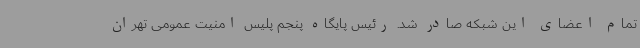
تمام اعضای این شبکه صادر شد. رئیس پایگاه پنجم پلیس امنیت عمومی تهران